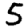
Digit: 5